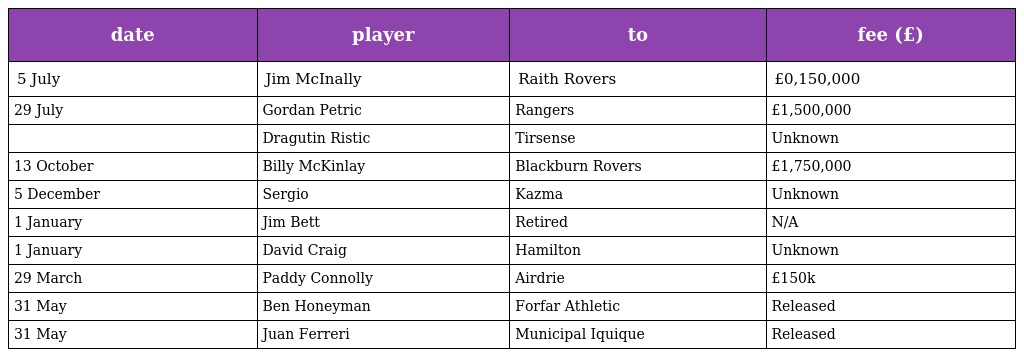
| date | player | to | fee (£) |
 | --- | --- | --- | --- |
 | 5 July | Jim McInally | Raith Rovers | £0,150,000 |
 | 29 July | Gordan Petric | Rangers | £1,500,000 |
 |  | Dragutin Ristic | Tirsense | Unknown |
 | 13 October | Billy McKinlay | Blackburn Rovers | £1,750,000 |
 | 5 December | Sergio | Kazma | Unknown |
 | 1 January | Jim Bett | Retired | N/A |
 | 1 January | David Craig | Hamilton | Unknown |
 | 29 March | Paddy Connolly | Airdrie | £150k |
 | 31 May | Ben Honeyman | Forfar Athletic | Released |
 | 31 May | Juan Ferreri | Municipal Iquique | Released |